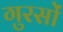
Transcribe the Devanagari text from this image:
गुरसों